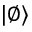
| \emptyset \rangle